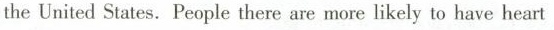
the United States.People there are more likely to have heart